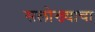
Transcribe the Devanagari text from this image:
सलोख्याचा